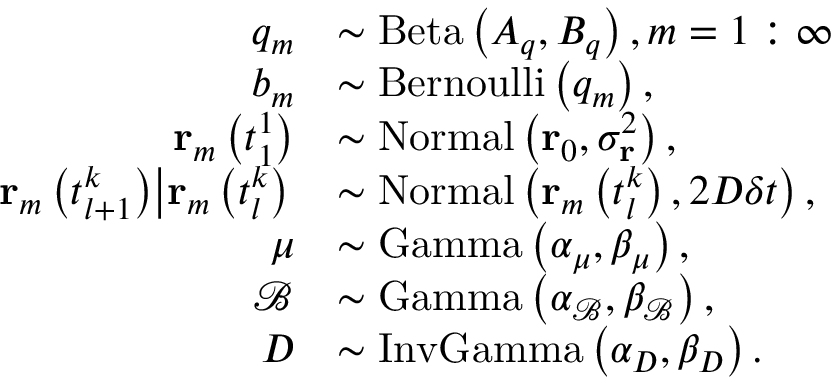
\begin{array} { r l } { q _ { m } } & { \sim \mathrm { B e t a } \left( A _ { q } , B _ { q } \right) , m = 1 : \infty } \\ { b _ { m } } & { \sim \mathrm { B e r n o u l l i } \left( q _ { m } \right) , } \\ { \mathbf { r } _ { m } \left( t _ { 1 } ^ { 1 } \right) } & { \sim \mathrm { N o r m a l } \left( \mathbf { r } _ { 0 } , \sigma _ { \mathbf { r } } ^ { 2 } \right) , } \\ { \left. \mathbf { r } _ { m } \left( t _ { l + 1 } ^ { k } \right) \middle | \mathbf { r } _ { m } \left( t _ { l } ^ { k } \right) \right. } & { \sim \mathrm { N o r m a l } \left( \mathbf { r } _ { m } \left( t _ { l } ^ { k } \right) , 2 D \delta t \right) , } \\ { \mu } & { \sim \mathrm { G a m m a } \left( \alpha _ { \mu } , \beta _ { \mu } \right) , } \\ { \mathcal { B } } & { \sim \mathrm { G a m m a } \left( \alpha _ { \mathcal { B } } , \beta _ { \mathcal { B } } \right) , } \\ { D } & { \sim \mathrm { I n v G a m m a } \left( \alpha _ { D } , \beta _ { D } \right) . } \end{array}